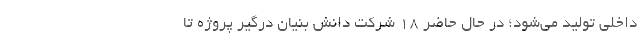
داخلی تولید می‌شود؛ در حال حاضر ۱۸ شرکت دانش بنیان درگیر پروژه تا